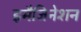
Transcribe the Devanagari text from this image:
इमैजिनेशन